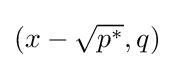
(x-{\sqrt {p^{*}}},q)